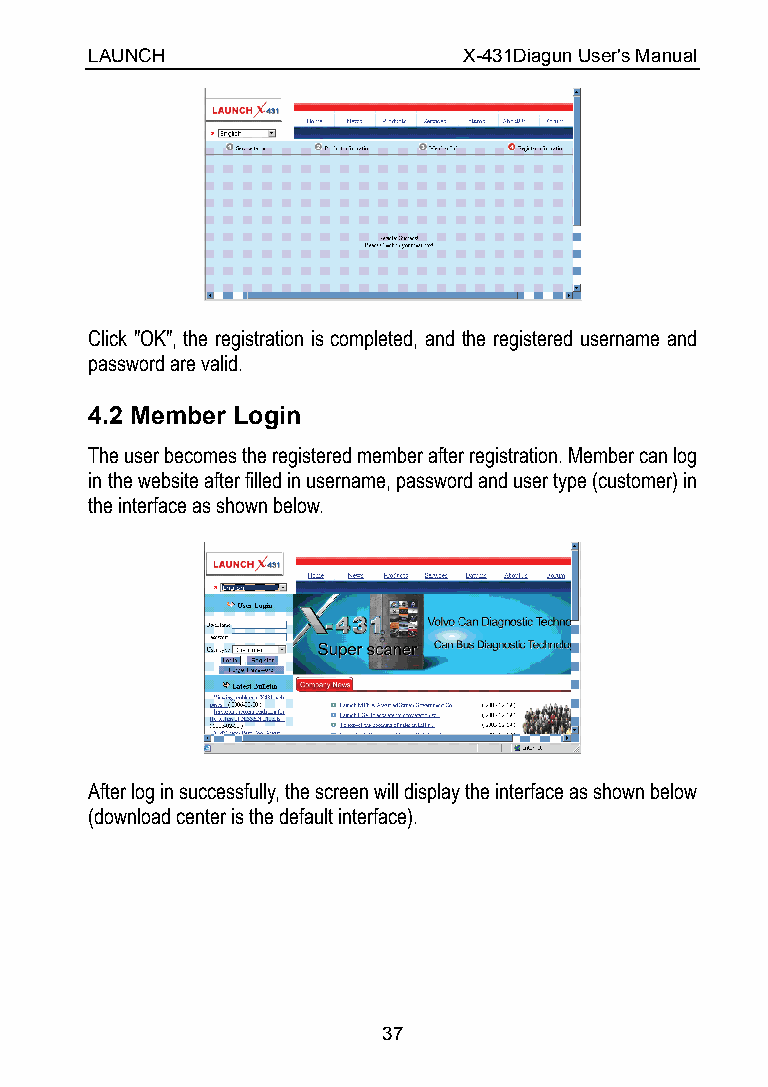
LAUNCH                   X-431Diagun User's Manual
 Click "OK", the registration is completed, and the registered username and
 password are valid.
 4.2 Member Login
 The user becomes the registered member after registration. Member can log
 in the website after filled in username, password and user type (customer) in
 the interface as shown below.
 After log in successfully, the screen will display the interface as shown below
 (download center is the default interface).
 37